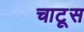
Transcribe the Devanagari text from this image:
चाटूस